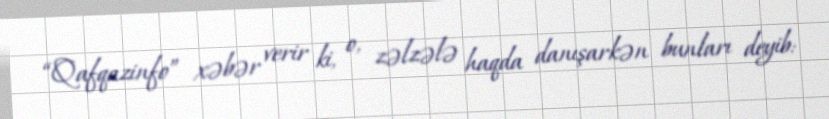
“Qafqazinfo” xəbər verir ki, o, zəlzələ haqda danışarkən bunları deyib: